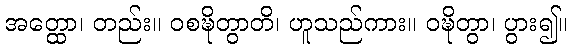
အတ္ထော၊ တည်း။ ဝစဍ္ဎိတွာတိ၊ ဟူသည်ကား။ ဝဍ္ဎိတွာ၊ ပွား၍။